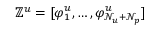
\mathbb { Z } ^ { u } = [ \varphi _ { 1 } ^ { u } , \dots , \varphi _ { \mathcal { N } _ { u } + \mathcal { N } _ { p } } ^ { u } ]